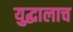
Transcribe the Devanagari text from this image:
युद्धालाच